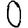
Digit: 0